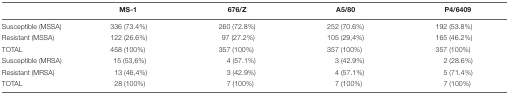
<table><thead><tr><td></td><td><b>MS-1</b></td><td><b>676/Z</b></td><td><b>A5/80</b></td><td><b>P4/6409</b></td></tr></thead><tbody><tr><td>Susceptible (MSSA)</td><td>336 (73.4%)</td><td>260 (72.8%)</td><td>252 (70.6%)</td><td>192 (53.8%)</td></tr><tr><td>Resistant (MSSA)</td><td>122 (26.6%)</td><td>97 (27.2%)</td><td>105 (29,4%)</td><td>165 (46.2%)</td></tr><tr><td>TOTAL</td><td>458 (100%)</td><td>357 (100%)</td><td>357 (100%)</td><td>357 (100%)</td></tr><tr><td>Susceptible (MRSA)</td><td>15 (53,6%)</td><td>4 (57.1%)</td><td>3 (42.9%)</td><td>2 (28.6%)</td></tr><tr><td>Resistant (MRSA)</td><td>13 (46,4%)</td><td>3 (42.9%)</td><td>4 (57.1%)</td><td>5 (71.4%)</td></tr><tr><td>TOTAL</td><td>28 (100%)</td><td>7 (100%)</td><td>7 (100%)</td><td>7 (100%)</td></tr></tbody></table>